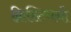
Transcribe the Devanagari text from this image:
क्रिस्टियनो